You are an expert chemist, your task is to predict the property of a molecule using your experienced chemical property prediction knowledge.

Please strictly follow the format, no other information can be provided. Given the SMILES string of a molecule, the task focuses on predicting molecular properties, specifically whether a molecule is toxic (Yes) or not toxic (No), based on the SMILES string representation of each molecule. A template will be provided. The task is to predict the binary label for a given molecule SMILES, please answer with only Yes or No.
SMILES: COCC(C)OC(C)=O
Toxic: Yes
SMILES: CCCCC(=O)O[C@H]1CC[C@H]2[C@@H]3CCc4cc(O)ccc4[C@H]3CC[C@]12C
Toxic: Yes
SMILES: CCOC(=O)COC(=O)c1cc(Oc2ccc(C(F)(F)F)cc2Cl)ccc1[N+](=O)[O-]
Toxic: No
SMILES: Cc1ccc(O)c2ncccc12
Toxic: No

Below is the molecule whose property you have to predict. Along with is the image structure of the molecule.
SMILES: CC(=O)c1cc(C)oc1C
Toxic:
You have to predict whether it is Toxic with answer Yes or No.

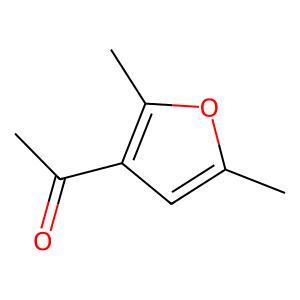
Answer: No